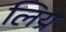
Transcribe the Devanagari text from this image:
लिय्र